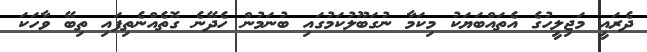
ދެރައީ މަޖިލީހުގެ އެތައްބަޔަކު މިކަމާ ނުގަބޫލުކަމުގައި ބުނަމުން ހެދޭނެ ގޮތެއްނެތިފައި ތިބޭ ވާހަކަ